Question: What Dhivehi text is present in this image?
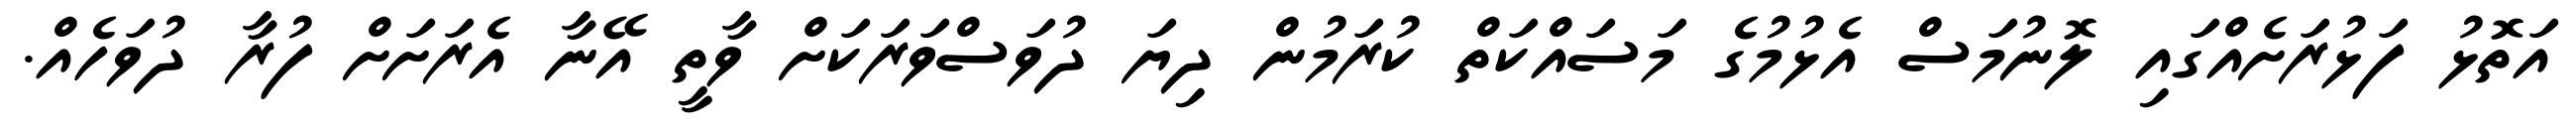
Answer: އަތޮޅު ފަޅުރަށެއްގައި ލޮނުމަސް އެޅުމުގެ މަސައްކަތް ކުރަމުން ދިޔަ ދުވަސްވަރަކަށް ވާތީ އޭނާ އެރަށަށް ފުރާ ދުވަހެއް.